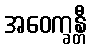
အဝေက္ခန္တီ